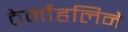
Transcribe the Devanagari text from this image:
ठेर्मोहलिने